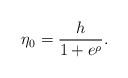
LaTeX: \begin{align*}\eta_0 = \frac h {1 + e^\rho}.\end{align*}